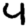
Digit: 4